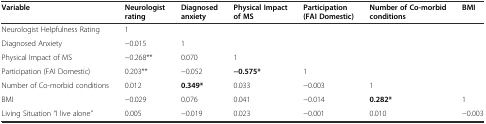
<table><thead><tr><td><b>Variable</b></td><td><b>Neurologist rating</b></td><td><b>Diagnosed anxiety</b></td><td><b>Physical Impact of MS</b></td><td><b>Participation (FAI Domestic)</b></td><td><b>Number of Co-morbid conditions</b></td><td><b>BMI</b></td></tr></thead><tbody><tr><td>Neurologist Helpfulness Rating</td><td>1</td><td></td><td></td><td></td><td></td><td></td></tr><tr><td>Diagnosed Anxiety</td><td>−0.015</td><td>1</td><td></td><td></td><td></td><td></td></tr><tr><td>Physical Impact of MS</td><td>−0.268**</td><td>0.070</td><td>1</td><td></td><td></td><td></td></tr><tr><td>Participation (FAI Domestic)</td><td>0.203**</td><td>−0.052</td><td><b>−0.575*</b></td><td>1</td><td></td><td></td></tr><tr><td>Number of Co-morbid conditions</td><td>0.012</td><td><b>0.349*</b></td><td>0.033</td><td>−0.003</td><td>1</td><td></td></tr><tr><td>BMI</td><td>−0.029</td><td>0.076</td><td>0.041</td><td>−0.014</td><td><b>0.282*</b></td><td>1</td></tr><tr><td>Living Situation “I live alone”</td><td>0.005</td><td>−0.019</td><td>0.023</td><td>−0.001</td><td>0.010</td><td>−0.003</td></tr></tbody></table>